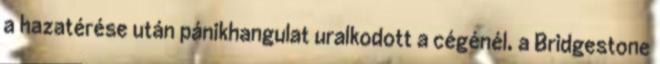
a hazatérése után pánikhangulat uralkodott a cégénél, a Bridgestone